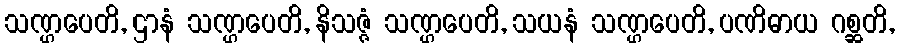
သဏ္ဌပေတိ, ဌာနံ သဏ္ဌပေတိ, နိသဇ္ဇံ သဏ္ဌပေတိ, သယနံ သဏ္ဌပေတိ, ပဏိဓာယ ဂစ္ဆတိ,